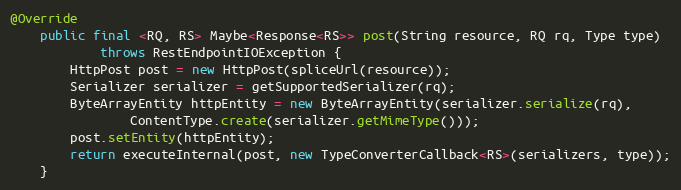
Language: Java
@Override
    public final <RQ, RS> Maybe<Response<RS>> post(String resource, RQ rq, Type type)
            throws RestEndpointIOException {
        HttpPost post = new HttpPost(spliceUrl(resource));
        Serializer serializer = getSupportedSerializer(rq);
        ByteArrayEntity httpEntity = new ByteArrayEntity(serializer.serialize(rq),
                ContentType.create(serializer.getMimeType()));
        post.setEntity(httpEntity);
        return executeInternal(post, new TypeConverterCallback<RS>(serializers, type));
    }